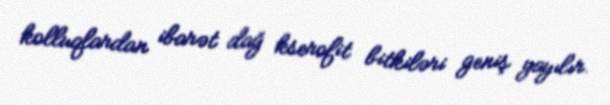
kolluqlardan ibarət dağ kserofit bitkiləri geniş yayılır.